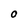
Character: O